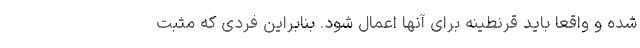
شده و واقعا باید قرنطینه برای آنها اعمال شود. بنابراین فردی که مثبت